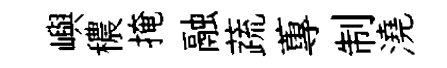
嶼穠掩融蔬蓴制澆